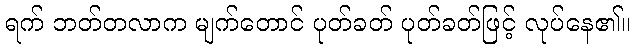
ရက် ဘတ်တလာက မျက်တောင် ပုတ်ခတ် ပုတ်ခတ်ဖြင့် လုပ်နေ၏။